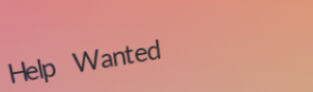
Help Wanted